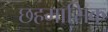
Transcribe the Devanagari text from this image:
छहमासिक